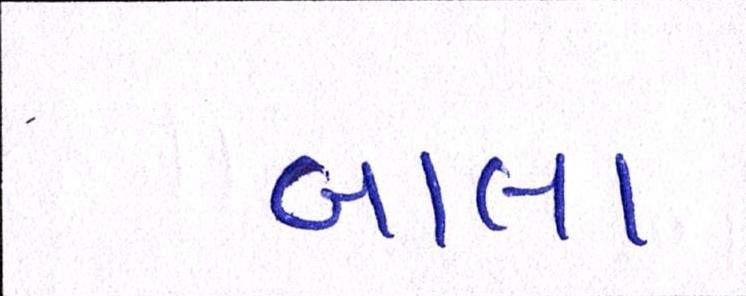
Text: બાલા